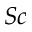
S c